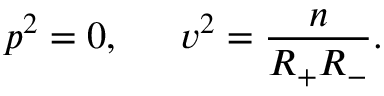
p ^ { 2 } = 0 , \, \, \, \quad v ^ { 2 } = \frac n { R _ { + } R _ { - } } .